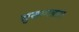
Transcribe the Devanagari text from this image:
सुसम्पन्नता